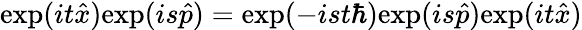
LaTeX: \mathrm{exp}(it{\hat{x}})\mathrm{exp}(is{\hat{p}})=\mathrm{exp}(-ist\hbar)\mathrm{exp}(is{\hat{p}})\mathrm{exp}(it{\hat{x}})